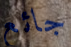
جائع